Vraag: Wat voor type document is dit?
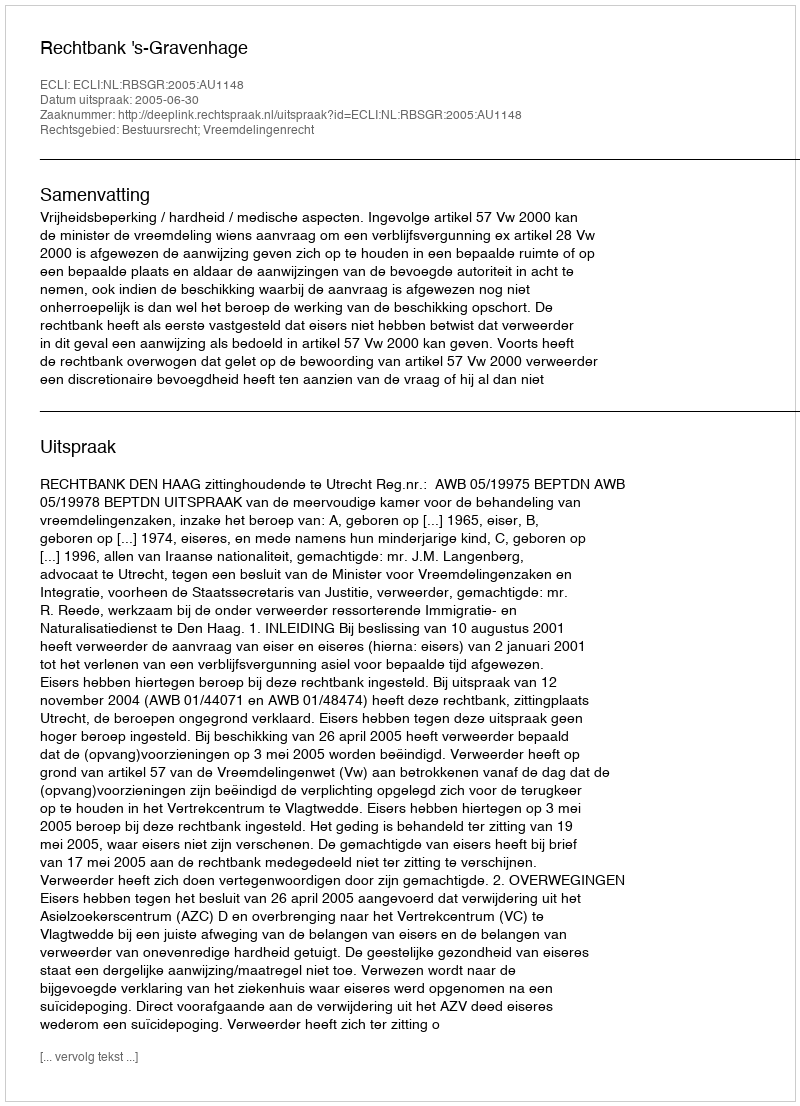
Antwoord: Uitspraak